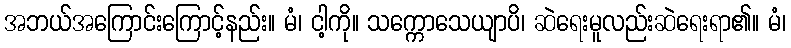
အဘယ်အကြောင်းကြောင့်နည်း။ မံ၊ ငါ့ကို။ သက္ကောသေယျာပိ၊ ဆဲရေးမူလည်းဆဲရေးရာ၏။ မံ၊